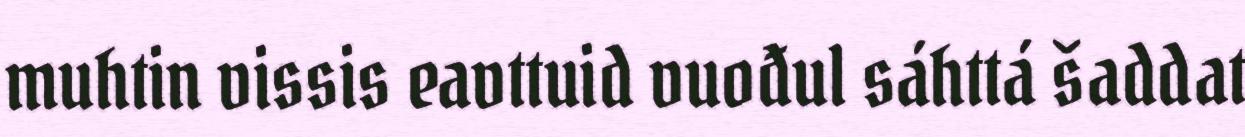
muhtin vissis eavttuid vuođul sáhttá šaddat